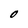
Character: O